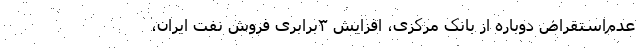
عدم‌استقراض دوباره از بانک مرکزی، افزایش ۳برابری فروش نفت ایران،